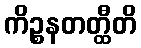
ကိဉ္စနတတ္ထီတိ